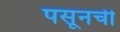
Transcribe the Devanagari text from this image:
पसूनची